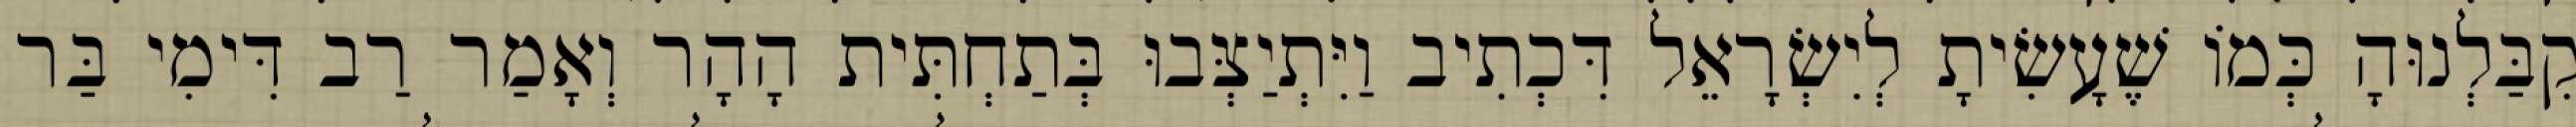
קִבַּלְנוּהָ כְּמוֹ שֶׁעָשִׂיתָ לְיִשְׂרָאֵל דִּכְתִיב וַיִּתְיַצְּבוּ בְּתַחְתִּית הָהָר וְאָמַר רַב דִּימִי בַּר